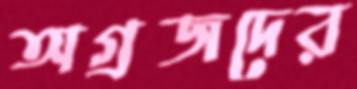
অগ্রজদের